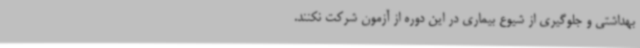
بهداشتی و جلوگیری از شیوع بیماری در این دوره از آزمون شرکت نکنند.